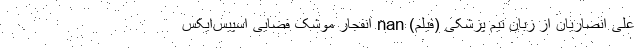
علی انصاریان از زبان تیم پزشکی (فیلم) nan انفجار موشک فضایی اسپیس‌ایکس